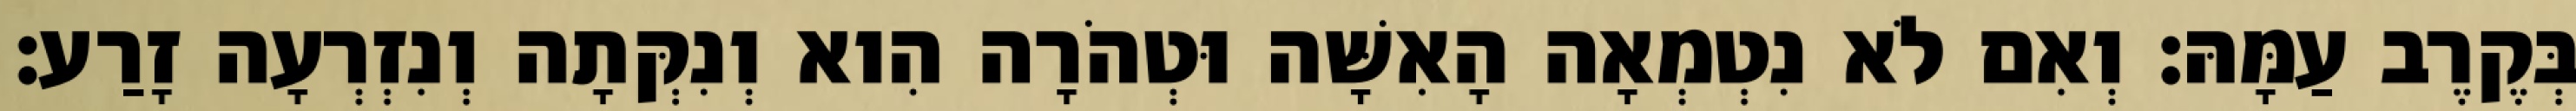
בְּקֶרֶב עַמָּהּ׃ וְאִם לֹא נִטְמְאָה הָאִשָּׁה וּטְהֹרָה הִוא וְנִקְּתָה וְנִזְרְעָה זָרַע׃